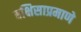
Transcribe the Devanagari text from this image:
बक्षिसाप्रमाणे